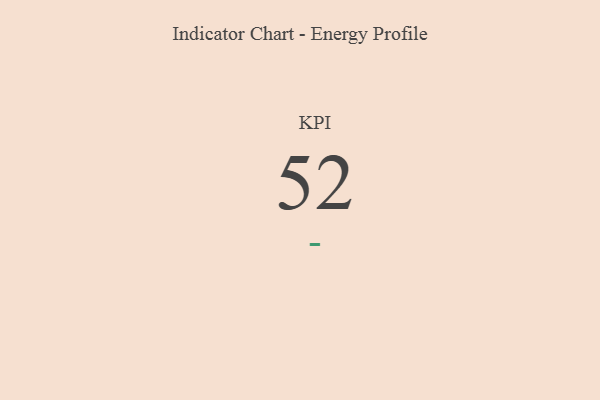
{"axis": {"x": "KPI", "y": "Value"}, "legend": [""], "data": [{"x": "KPI", "y": 52, "type": ""}]}